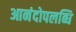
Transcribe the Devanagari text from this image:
आनंदोपलब्धि